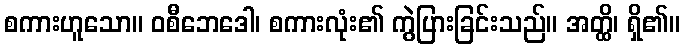
စကားဟူသော။ ဝစီဘေဒေါ၊ စကားလုံး၏ ကွဲပြားခြင်းသည်။ အတ္ထိ၊ ရှိ၏။